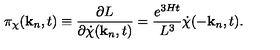
\pi _ { \chi } ( { \bf k } _ { n } , t ) \equiv \frac { \partial L } { \partial { \dot { \chi } } ( { \bf k } _ { n } , t ) } = \frac { e ^ { 3 H t } } { L ^ { 3 } } { \dot { \chi } } ( - { \bf k } _ { n } , t ) .